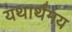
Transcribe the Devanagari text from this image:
यथार्थमय